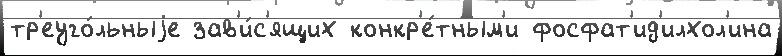
тр'еуго́льныjе зав'и́с'ящих конкр'е́тным'и фосфат'ид'илхол'ина